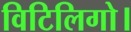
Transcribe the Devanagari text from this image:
विटिलिगो।